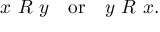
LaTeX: x \ R \ y \quad { \mathrm { o r } } \quad y \ R \ x .